Proceedings of the meeting of veterinary officers in India
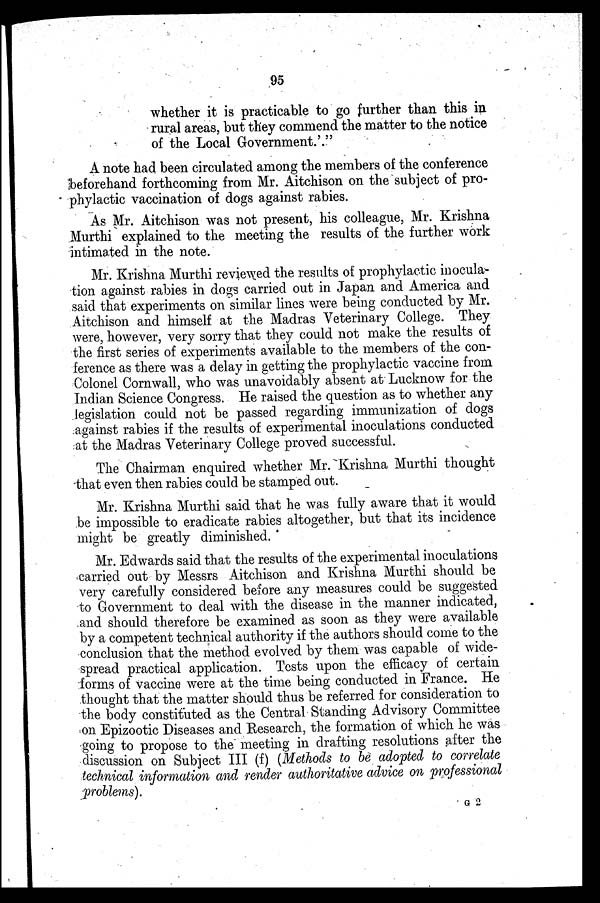
95
whether it is practicable to go further than this in
rural areas, but they commend the matter to the notice
of the Local Government.'."
A note had been circulated among the members of the conference
beforehand forthcoming from Mr. Aitchison on the subject of pro-
phylactic vaccination of dogs against rabies.
As Mr. Aitchison was not present, his colleague, Mr. Krishna
Murthi explained to the meeting the results of the further work
intimated in the note.
Mr. Krishna Murthi reviewed the results of prophylactic inocula-
tion against rabies in dogs carried out in Japan and America and
said that experiments on similar lines were being conducted by Mr.
Aitchison and himself at the Madras Veterinary College. They
were, however, very sorry that they could not make the results of
the first series of experiments available to the members of the con-
ference as there was a delay in getting the prophylactic vaccine from
Colonel Cornwall, who was unavoidably absent at Lucknow for the
Indian Science Congress. He raised the question as to whether any
legislation could not be passed regarding immunization of dogs
against rabies if the results of experimental inoculations conducted
at the Madras Veterinary College proved successful.
The Chairman enquired whether Mr. Krishna Murthi thought
that even then rabies could be stamped out.
Mr. Krishna Murthi said that he was fully aware that it would
be impossible to eradicate rabies altogether, but that its incidence
might be greatly diminished.
Mr. Edwards said that the results of the experimental inoculations
carried out by Messrs Aitchison and Krishna Murthi should be
very carefully considered before any measures could be suggested
to Government to deal with the disease in the manner indicated,
and should therefore be examined as soon as they were available
by a competent technical authority if the authors should come to the
conclusion that the method evolved by them was capable of wide-
spread practical application. Tests upon the efficacy of certain
forms of vaccine were at the time being conducted in France. He
thought that the matter should thus be referred for consideration to
the body constituted as the Central Standing Advisory Committee
on Epizootic Diseases and Research, the formation of which he was
going to propose to the meeting in drafting resolutions after the
discussion on Subject III (f) (Methods to be adopted to correlate
technical information and render authoritative advice on professional
problems).
G 2